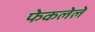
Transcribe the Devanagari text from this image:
फेकलेले